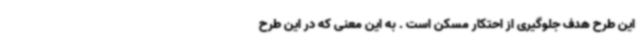
این طرح هدف جلوگیری از احتکار مسکن است . به این معنی که در این طرح